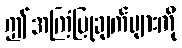
ဤအကြံပြုချက်များကို